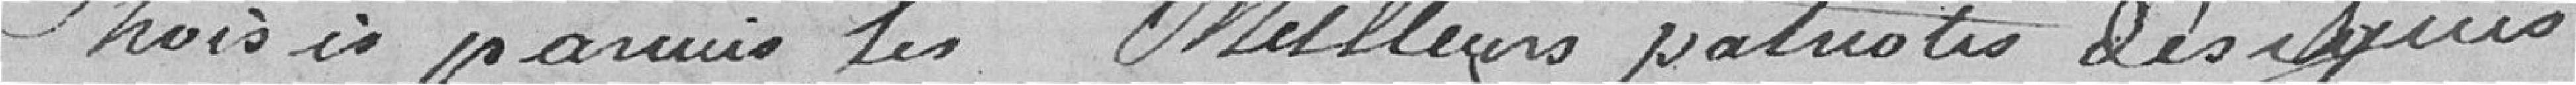
choisis parmi les meilleurs patriotes, désignés